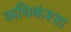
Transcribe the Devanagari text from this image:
अधिकंश्ता